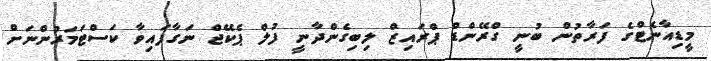
މީޑިއާނެޓްގެ ފަރާތުން ބުނީ ގްރޭންޑް ޕްރައިޒް ލިބިގެންދާނީ ފުލް ޕެކޭޖް ނަގާފައިވާ ކަސްޓަމަރުންނަށް